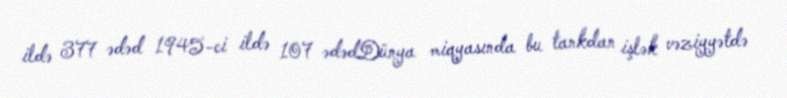
ildə 377 ədəd 1945-ci ildə 107 ədədDünya miqyasında bu tankdan işlək vəziyyətdə